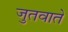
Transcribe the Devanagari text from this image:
जुतवाते